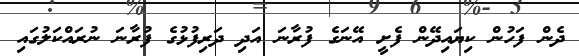
ދެން ފަހުން ކިޔައިދޭން ފެށީ އޭނަގެ ފުރާނަ އަދި ދަރިފުޅުގެ ފުރާނަ ނުރައްކަލުގައި